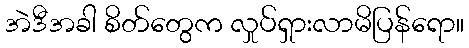
အဲဒီအခါ စိတ်တွေက လှုပ်ရှားလာမိပြန်ရော။